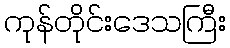
ကုန်တိုင်းဒေသကြီး